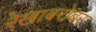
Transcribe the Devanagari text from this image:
रेखाबरोबर